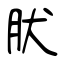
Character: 肰